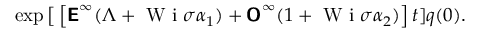
\begin{array} { r } { \exp \big [ \left[ \boldsymbol { \mathsf { E } } ^ { \infty } ( \Lambda + \mathrm { ~ W ~ i ~ } \sigma \alpha _ { 1 } ) + \boldsymbol { \mathsf { O } } ^ { \infty } ( 1 + \mathrm { ~ W ~ i ~ } \sigma \alpha _ { 2 } ) \right] t ] \boldsymbol { q } ( 0 ) . } \end{array}